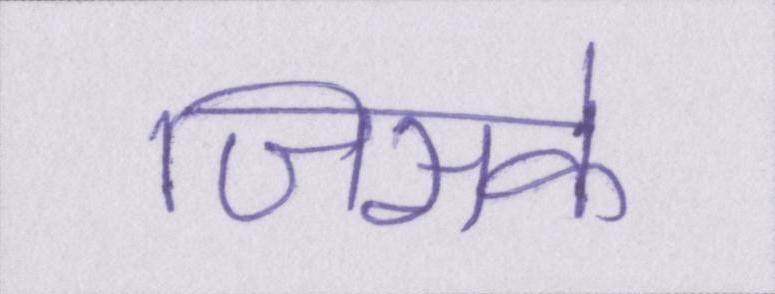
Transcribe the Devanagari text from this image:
जिसके